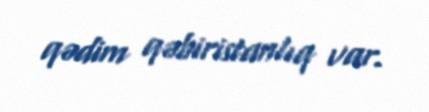
qədim qəbiristanlıq var.